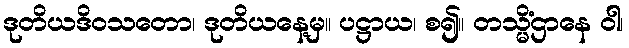
ဒုတိယဒိဝသတော၊ ဒုတိယနေ့မှ။ ပဋ္ဌာယ၊ စ၍။ တသ္မိံဌာနေ ဝါ၊